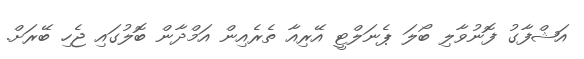
އަޝްފާގު ފޮނުވާލި ބޯލަ ޕެނަލްޓީ އޭރިއާ ތެރެެއިން އަމްދާން ބޮލުގައި ޖެހި ބޭރަށް.